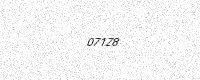
Text: 071Z8